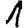
Digit: 1